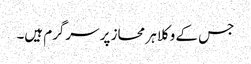
جس کے وکلا ہر محاز پر سرگرم ہیں۔